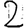
Digit: 2